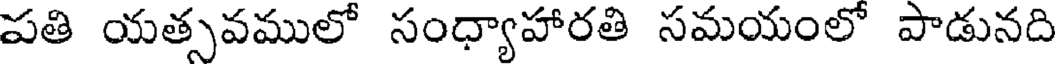
పతి యత్సవములో సంధ్యాహారతి సమయంలో పాడునది